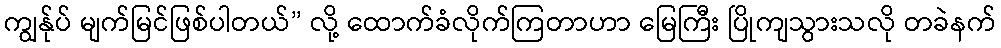
ကျွန်ုပ် မျက်မြင်ဖြစ်ပါတယ်” လို့ ထောက်ခံလိုက်ကြတာဟာ မြေကြီး ပြိုကျသွားသလို တခဲနက်